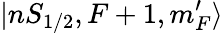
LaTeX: |nS_{1/2},F+1,m_{F}^{\prime}\rangle